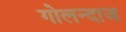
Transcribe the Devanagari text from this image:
गोलन्दाज